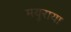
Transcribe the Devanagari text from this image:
मयुराया